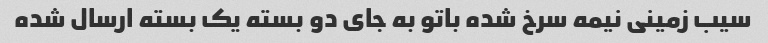
سیب زمینی نیمه سرخ شده باتو به جای دو بسته یک بسته ارسال شده